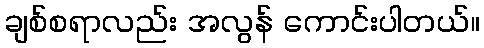
ချစ်စရာလည်း အလွန် ကောင်းပါတယ်။